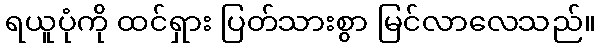
ရယူပုံကို ထင်ရှား ပြတ်သားစွာ မြင်လာလေသည်။